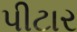
પીટાર